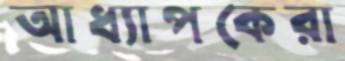
আধ্যাপকেরা